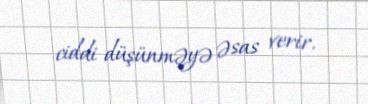
ciddi düşünməyə əsas verir.